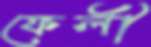
ফের্লী